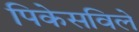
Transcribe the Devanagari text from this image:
पिकेसविले